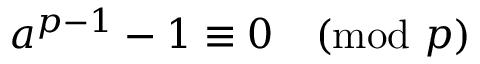
a ^ { p - 1 } - 1 \equiv 0 { \pmod { p } }